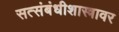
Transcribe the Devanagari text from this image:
सत्संबंधीशास्त्रावर